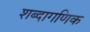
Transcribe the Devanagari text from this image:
शब्दागणिक